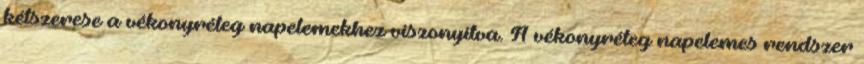
kétszerese a vékonyréteg napelemekhez viszonyítva. A vékonyréteg napelemes rendszer